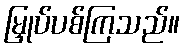
မြှုပ်ပစ်ကြသည်။